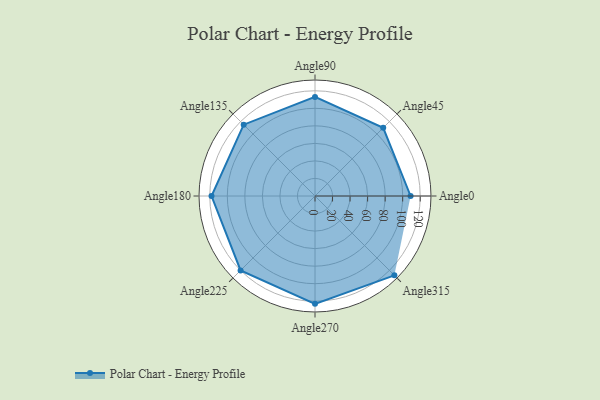
{"axis": {"x": "Angle", "y": "Radius"}, "legend": [""], "data": [{"x": "Angle0", "y": 109.0, "type": ""}, {"x": "Angle45", "y": 110.0, "type": ""}, {"x": "Angle90", "y": 113.0, "type": ""}, {"x": "Angle135", "y": 115.0, "type": ""}, {"x": "Angle180", "y": 118.0, "type": ""}, {"x": "Angle225", "y": 120.0, "type": ""}, {"x": "Angle270", "y": 123.0, "type": ""}, {"x": "Angle315", "y": 128.0, "type": ""}]}